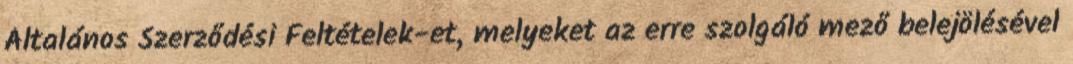
Általános Szerződési Feltételek-et, melyeket az erre szolgáló mező belejölésével